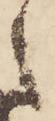
之